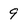
Character: 9